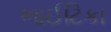
ભાઈટિકા